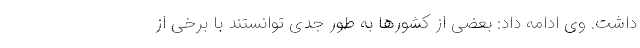
داشت. وی ادامه داد: بعضی از کشورها به طور جدی توانستند با برخی از